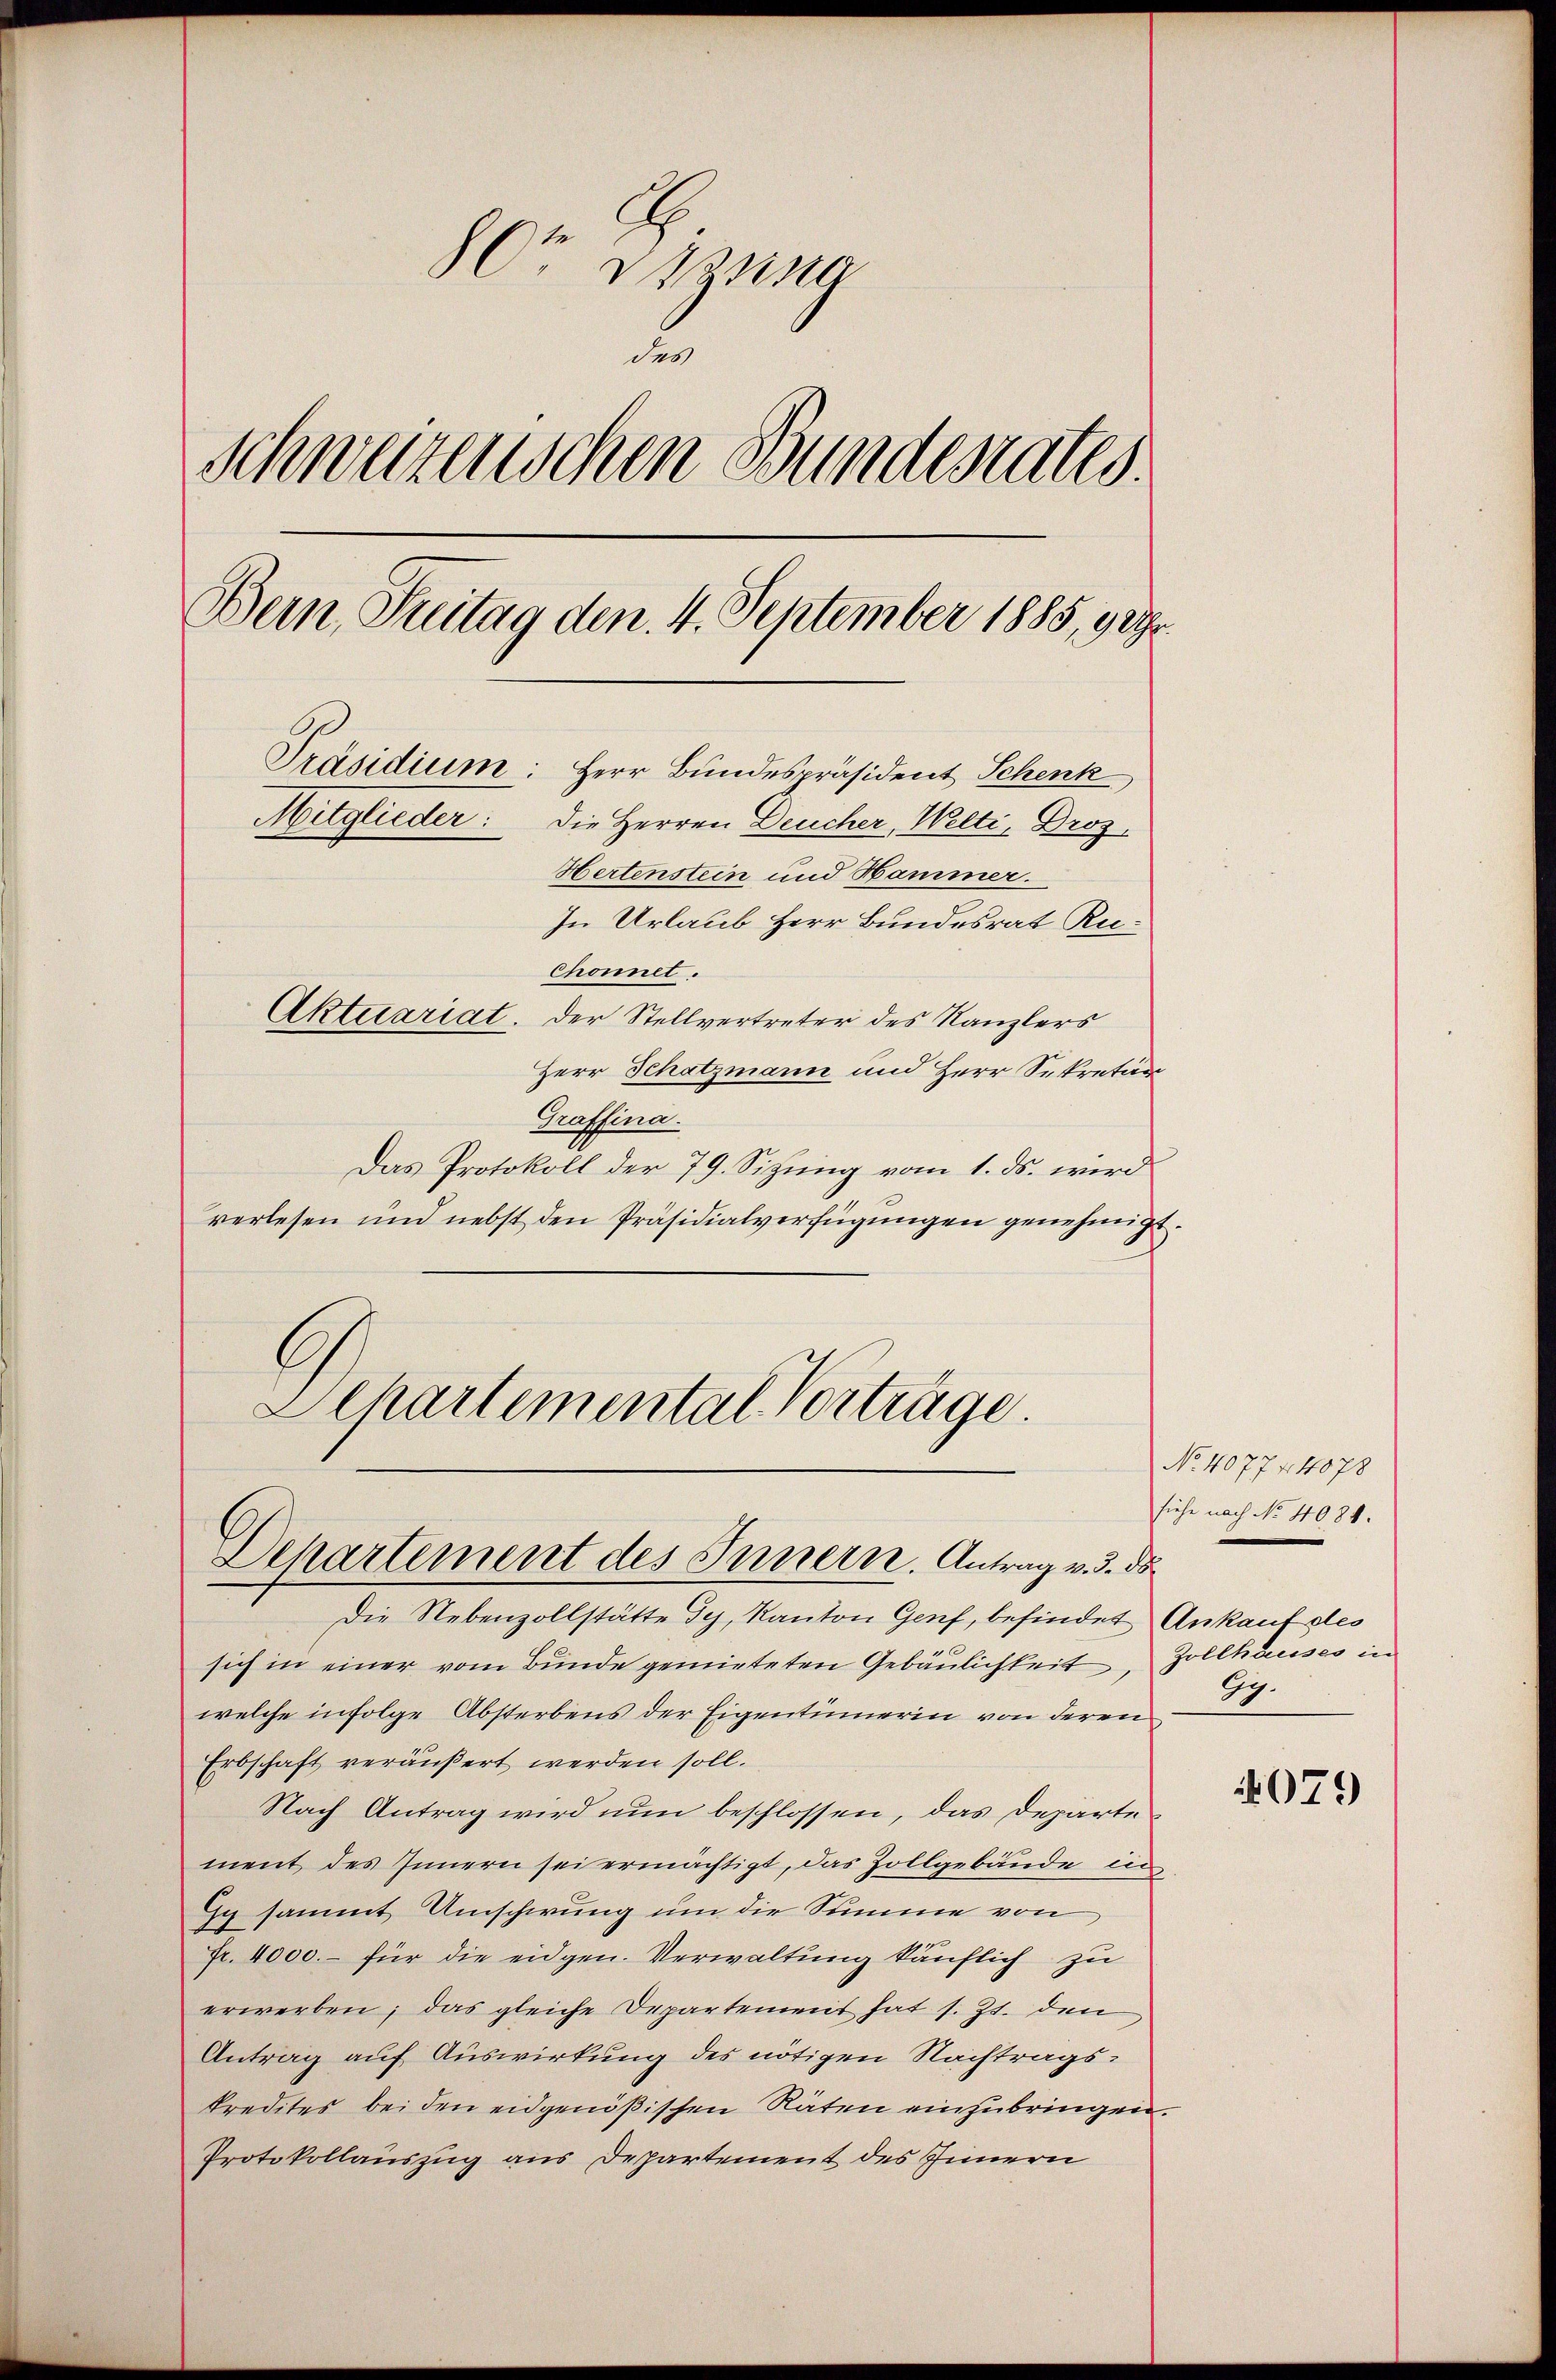
80t Anna
des
Schweizerischen Bundesrates.
Bern, Freitag den 4. September 1885, 9 Uhr.
Präsidium: Herr Bundespräsident Schenk
Mitglieder: Die Herren Deucher, Welti, Droz.
Hertenstein und Hammer.
In Urlaub Herr Bundesrat Ru¬
Chonnet.
Aktuariat. Der Stellvertreter des Kanzlers
Herr Schatzmann und Herr Sekretär

Graffina.
Das Protokoll der 79. Sizung vom 1. ds. wird
verlesen und nebst den Präsidialverfügungen genehmigt.
Schartemental Vorträge.

Departement des Innern. Antrag v. 3. ds.

Die Nebenzollstätte Gy, Kanton Genf, befindet Ankauf des
sich in einer vom Bunde gemieteten Gebäulichkeit, Zollhauses in
welche infolge Absterbens der Eigentümerin von deren 31.
Erbschaft veräußert werden soll.
Nach Antrag wird nun beschlossen, das Departe
ment des Innern sei ermächtigt, das Zollgebäude in
Gy sammt Umschwung um die Summe von
Fr. 4000.- für die eidgen. Verwaltung käuflich zu
erwerben; das gleiche Departement hat s. Zt. den
Antrag auf Auswirkung des nötigen Nachtrags-
kredites bei den eidgenößischen Räten einzubringen.
Protokollauszug aus Departement des Innern

No. 407744078
siehe nach No 4084.

4079